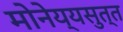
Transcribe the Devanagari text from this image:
मोनेय्यसुत्त